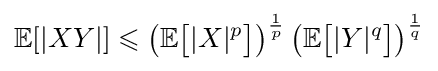
\mathbb {E} [|XY|]\leqslant \left(\mathbb {E} {\bigl [}|X|^{p}{\bigr ]}\right)^{\frac {1}{p}}\left(\mathbb {E} {\bigl [}|Y|^{q}{\bigr ]}\right)^{\frac {1}{q}}